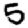
Digit: 5